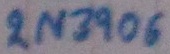
Text: 2N3906